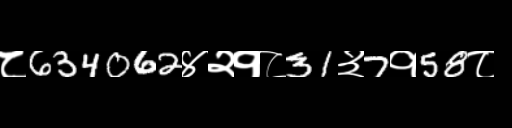
Text: ८634062४२१८31३7१58८